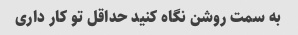
به سمت روشن نگاه کنید حداقل تو کار داری